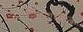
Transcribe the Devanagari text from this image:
पोषणघटक